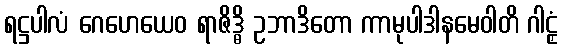
ရဋ္ဌပါလံ ဂေဟေယေဝ ရာဇိဒ္ဓိ ဥဘာဒိတော ကာမုပါဒါနမေဝါတိ ဂါဠှံ